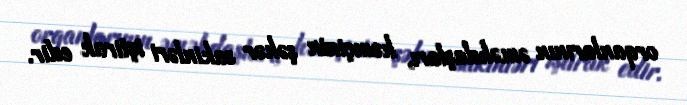
orqanlarının əməkdaşları, həmçinin şəhər sakinləri iştirak edir.